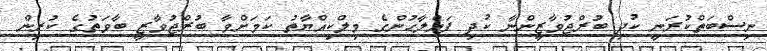
ނިސްބަތްކުރަނީ ކުދި ބުރްޖުވާޒީންނާ ކުދި ފައްލާޙުންގެ މިލްކިއްޔާތު ކަމަށްވާ ބުރްޖުވާޒީ ބާވަތުގެ ކުރިން